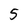
Character: 5